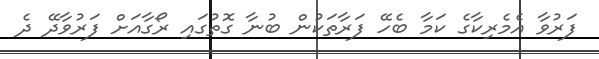
ފަރުވާ އެމެރިކާގެ ކަމާ ބެހޭ ފަރާތަކުން ބުނާ ގޮތުގައި ރޯގާއަށް ފަރުވާދޭ ދެ